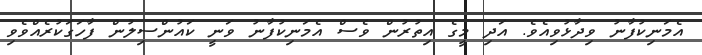
އެމަނިކުފާނު ވިދާޅުވިއެވެ. އަދި މީގެ އިތުރުން ވެސް އެމަނިކުފާނު ވަނީ ކައުންސިލުން ފާހަގަކުރެއްވެވި